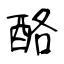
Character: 酪